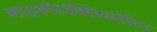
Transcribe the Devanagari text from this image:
माइकोटॉक्सिकोसिस